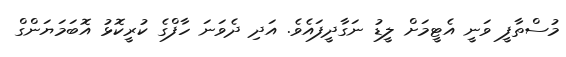
މުސްތާފީ ވަނީ އެޓީމަށް ލީޑު ނަގާދީފައެވެ. އަދި ދެވަނަ ހާފްގެ ކުރީކޮޅު އޮބަމަޔަންގް